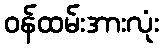
ဝန်ထမ်းအားလုံး